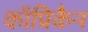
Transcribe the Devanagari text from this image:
कॉप्रिकैन